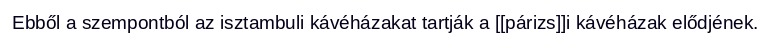
Ebből a szempontból az isztambuli kávéházakat tartják a [[párizs]]i kávéházak elődjének.